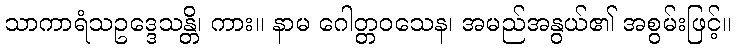
သာကာရံသဥဒ္ဒေသန္တိ၊ ကား။ နာမ ဂေါတ္တဝသေန၊ အမည်အနွယ်၏ အစွမ်းဖြင့်။